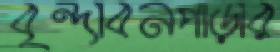
বৃন্দাবনপাড়ার